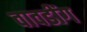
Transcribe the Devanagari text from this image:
वावडींग